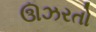
ઊઝરતો